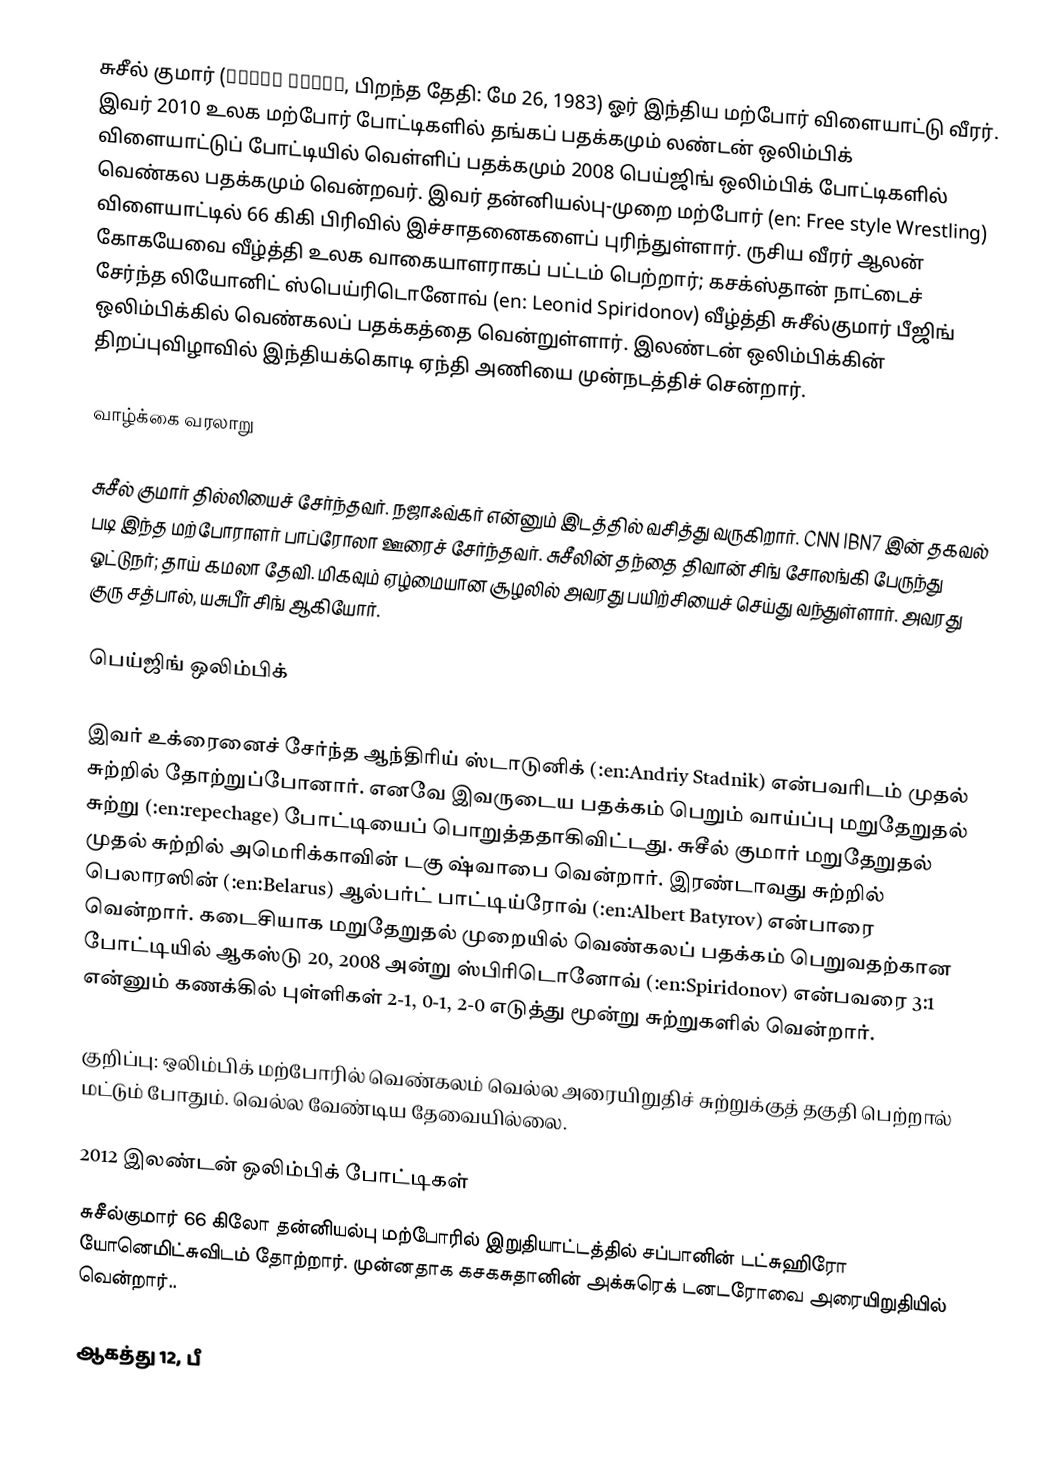
சுசீல் குமார் (सुशील कुमार, பிறந்த தேதி: மே 26, 1983) ஓர் இந்திய மற்போர் விளையாட்டு வீரர். இவர் 2010 உலக மற்போர் போட்டிகளில் தங்கப் பதக்கமும்  லண்டன் ஒலிம்பிக் விளையாட்டுப் போட்டியில் வெள்ளிப் பதக்கமும் 2008 பெய்ஜிங் ஒலிம்பிக் போட்டிகளில் வெண்கல பதக்கமும் வென்றவர். இவர் தன்னியல்பு-முறை மற்போர் (en: Free style Wrestling) விளையாட்டில் 66 கிகி பிரிவில் இச்சாதனைகளைப் புரிந்துள்ளார்.  ருசிய வீரர் ஆலன் கோகயேவை வீழ்த்தி உலக வாகையாளராகப் பட்டம் பெற்றார்; கசக்ஸ்தான் நாட்டைச் சேர்ந்த லியோனிட் ஸ்பெய்ரிடொனோவ் (en: Leonid Spiridonov) வீழ்த்தி சுசீல்குமார் பீஜிங் ஒலிம்பிக்கில் வெண்கலப் பதக்கத்தை வென்றுள்ளார். இலண்டன் ஒலிம்பிக்கின் திறப்புவிழாவில் இந்தியக்கொடி ஏந்தி அணியை முன்நடத்திச் சென்றார்.

வாழ்க்கை வரலாறு

சுசீல் குமார் தில்லியைச் சேர்ந்தவர். நஜாஃவ்கர் என்னும் இடத்தில் வசித்து வருகிறார். CNN IBN7 இன் தகவல் படி இந்த மற்போராளர் பாப்ரோலா ஊரைச் சேர்ந்தவர். சுசீலின் தந்தை திவான் சிங் சோலங்கி பேருந்து ஓட்டுநர்; தாய் கமலா தேவி. மிகவும் ஏழ்மையான சூழலில் அவரது பயிற்சியைச் செய்து வந்துள்ளார். அவரது குரு சத்பால், யசுபீர் சிங் ஆகியோர்.

பெய்ஜிங் ஒலிம்பிக்

இவர் உக்ரைனைச் சேர்ந்த ஆந்திரிய் ஸ்டாடுனிக் (:en:Andriy Stadnik) என்பவரிடம் முதல் சுற்றில் தோற்றுப்போனார். எனவே இவருடைய பதக்கம் பெறும் வாய்ப்பு மறுதேறுதல் சுற்று (:en:repechage) போட்டியைப் பொறுத்ததாகிவிட்டது. சுசீல் குமார் மறுதேறுதல் முதல் சுற்றில் அமெரிக்காவின் டகு ஷ்வாபை வென்றார்.  இரண்டாவது சுற்றில் பெலாரஸின் (:en:Belarus) ஆல்பர்ட் பாட்டிய்ரோவ் (:en:Albert Batyrov) என்பாரை வென்றார். கடைசியாக மறுதேறுதல் முறையில் வெண்கலப் பதக்கம் பெறுவதற்கான போட்டியில் ஆகஸ்டு 20, 2008 அன்று ஸ்பிரிடொனோவ்  (:en:Spiridonov) என்பவரை 3:1 என்னும் கணக்கில் புள்ளிகள்  2-1, 0-1, 2-0  எடுத்து மூன்று சுற்றுகளில் வென்றார்.

குறிப்பு: ஒலிம்பிக் மற்போரில் வெண்கலம் வெல்ல அரையிறுதிச் சுற்றுக்குத் தகுதி பெற்றால் மட்டும் போதும். வெல்ல வேண்டிய தேவையில்லை.

2012 இலண்டன் ஒலிம்பிக் போட்டிகள்
சுசீல்குமார் 66 கிலோ தன்னியல்பு மற்போரில் இறுதியாட்டத்தில் சப்பானின் டட்சுஹிரோ யோனெமிட்சுவிடம் தோற்றார். முன்னதாக கசகசுதானின் அக்சுரெக் டனடரோவை அரையிறுதியில் வென்றார்..

ஆகத்து 12, பீ